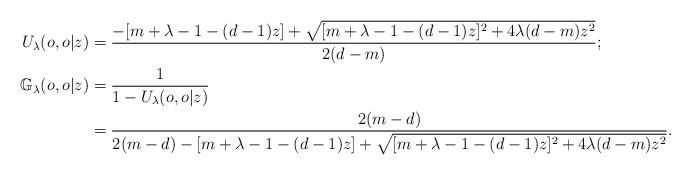
LaTeX: \begin{align*}U_\lambda(o,o|z)&=\frac{-[m+\lambda-1-(d-1)z]+\sqrt{[m+\lambda-1-(d-1)z]^2+4\lambda(d-m)z^2}}{2(d-m)};\\\mathbb{G}_\lambda(o,o|z)&=\frac{1}{1-U_\lambda(o,o|z)}\\ &=\frac{2(m-d)}{2(m-d)-[m+\lambda-1-(d-1)z]+\sqrt{[m+\lambda-1-(d-1)z]^2+4\lambda(d-m)z^2}}.\end{align*}